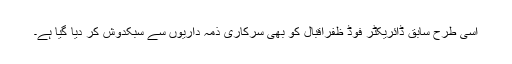
اسی طرح سابق ڈائریکٹر فوڈ ظفراقبال کو بھی سرکاری ذمہ داریوں سے سبکدوش کر دیا گیا ہے۔